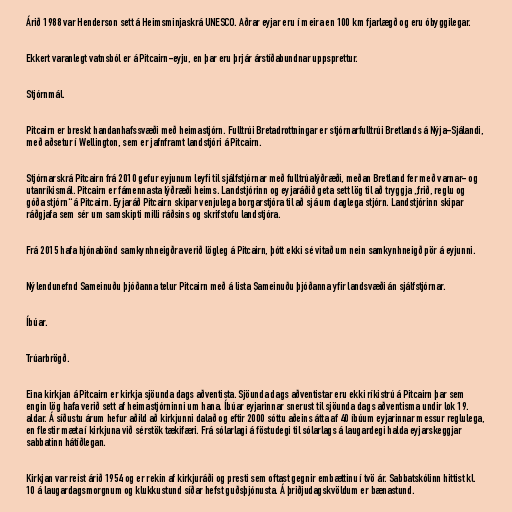
Árið 1988 var Henderson sett á Heimsminjaskrá UNESCO. Aðrar eyjar eru í meira en 100 km fjarlægð og eru óbyggilegar.

Ekkert varanlegt vatnsból er á Pitcairn-eyju, en þar eru þrjár árstíðabundnar uppsprettur.

Stjórnmál.

Pitcairn er breskt handanhafssvæði með heimastjórn. Fulltrúi Bretadrottningar er stjórnarfulltrúi Bretlands á Nýja-Sjálandi,
með aðsetur í Wellington, sem er jafnframt landstjóri á Pitcairn.

Stjórnarskrá Pitcairn frá 2010 gefur eyjunum leyfi til sjálfstjórnar með fulltrúalýðræði, meðan Bretland fer með varnar- og
utanríkismál. Pitcairn er fámennasta lýðræði heims. Landstjórinn og eyjaráðið geta sett lög til að tryggja „frið, reglu og
góða stjórn“ á Pitcairn. Eyjaráð Pitcairn skipar venjulega borgarstjóra til að sjá um daglega stjórn. Landstjórinn skipar
ráðgjafa sem sér um samskipti milli ráðsins og skrifstofu landstjóra.

Frá 2015 hafa hjónabönd samkynhneigðra verið lögleg á Pitcairn, þótt ekki sé vitað um nein samkynhneigð pör á eyjunni.

Nýlendunefnd Sameinuðu þjóðanna telur Pitcairn með á lista Sameinuðu þjóðanna yfir landsvæði án sjálfstjórnar.

Íbúar.

Trúarbrögð.

Eina kirkjan á Pitcairn er kirkja sjöunda dags aðventista. Sjöunda dags aðventistar eru ekki ríkistrú á Pitcairn þar sem
engin lög hafa verið sett af heimastjórninni um hana. Íbúar eyjarinnar snerust til sjöunda dags aðventisma undir lok 19.
aldar. Á síðustu árum hefur aðild að kirkjunni dalað og eftir 2000 sóttu aðeins átta af 40 íbúum eyjarinnar messur reglulega,
en flestir mæta í kirkjuna við sérstök tækifæri. Frá sólarlagi á föstudegi til sólarlags á laugardegi halda eyjarskeggjar
sabbatinn hátíðlegan.

Kirkjan var reist árið 1954 og er rekin af kirkjuráði og presti sem oftast gegnir embættinu í tvö ár. Sabbatskólinn hittist kl.
10 á laugardagsmorgnum og klukkustund síðar hefst guðsþjónusta. Á þriðjudagskvöldum er bænastund.